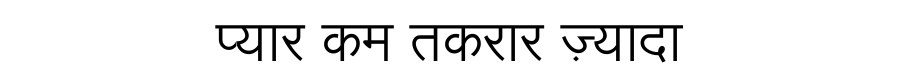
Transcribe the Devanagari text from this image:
प्यार कम तकरार ज़्यादा